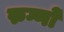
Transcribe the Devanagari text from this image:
रुग्णों